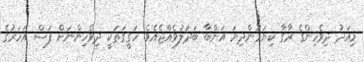
މިއަދު ދިވެހިންގެ ރާގާ ކިޔަމުންދިޔަ އަންބާ ބަދަލުވެއްޖެއެވެ. ހަގީގަތަކީ ދިވެހިންނަށް ފަސް އަހަރުގެ